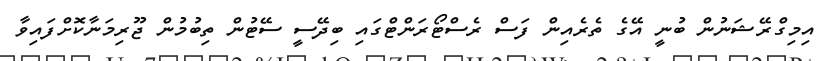
އިމިގްރޭޝަނުން ބުނީ އޭގެ ތެރެއިން ފަސް ރެސްޓޯރަންޓްގައި ބިދޭސީ ސޭޓުން ތިބުމުން ޖޫރިމަނާކޮށްފައިވާ